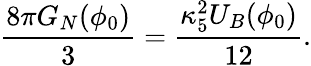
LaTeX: \frac{8\pi G_{N}(\phi_{0})}{3}=\frac{\kappa_{5}^{2}U_{B}(\phi_{0})}{12}.